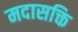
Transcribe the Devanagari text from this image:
मदासक्ति